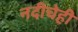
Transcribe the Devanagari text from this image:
नदीचेही